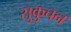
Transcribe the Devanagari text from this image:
सुकुचन